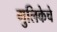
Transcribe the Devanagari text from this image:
गुलिकेचे